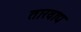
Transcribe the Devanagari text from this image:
तारवाद्य